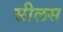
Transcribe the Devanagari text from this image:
सीलस